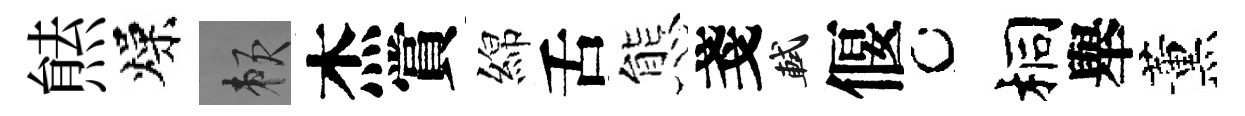
㷱燥賴杰賞綿舌態戔軾偃桐舉薰